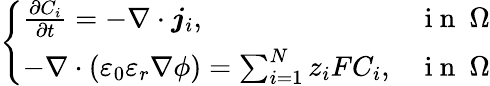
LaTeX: \left\{ \begin{array}{ll}{\frac{\partial C_{i}}{\partial t}=-\nabla\cdot\boldsymbol{j}_{i},}&{\mathrm{~i~n~}~\Omega}\\ {-\nabla\cdot(\varepsilon_{0}\varepsilon_{r}\nabla\phi)=\sum_{i=1}^{N}z_{i}FC_{i},}&{\mathrm{~i~n~}~\Omega}\end{array}\right.